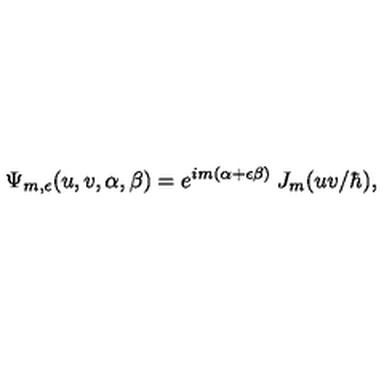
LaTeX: \Psi _ { m , \epsilon } ( u , v , \alpha , \beta ) = e ^ { i m ( \alpha + \epsilon \beta ) } \: J _ { m } ( u v / \hbar ) ,